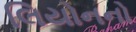
લિયોનનો